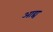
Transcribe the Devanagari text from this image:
अाद्य